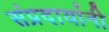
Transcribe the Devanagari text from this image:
संप्रदायांनी